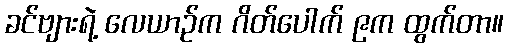
ခင်ဗျားရဲ့ လေယာဉ်က ဂိတ်ပေါက် ၉က ထွက်တာ။